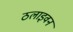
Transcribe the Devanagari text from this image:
ठलाइवन